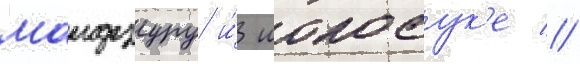
маидзуру и́ иокосук'е //